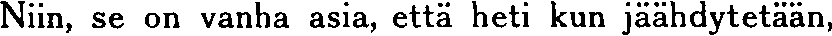
Niin, se on vanha asia, että heti kun jäähdytetään,